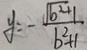
y = - \frac { \sqrt { b ^ { 2 } + 1 } } { b ^ { 2 } + 1 }